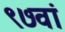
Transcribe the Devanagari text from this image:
९७वां